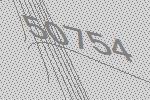
50754